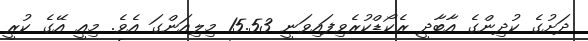
ދަށުގެ ކުދިންގެ އާބާދީ ރެކޯޑްކުރެވިފައިވަނީ 15.53 މިލިއަންގަ އެވެ. މިއީ އޭގެ ކުރީ